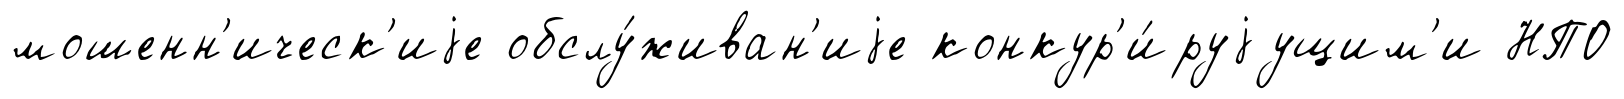
мошенн'ическ'иjе обслу́живан'иjе конкур'и́руjущим'и НПО